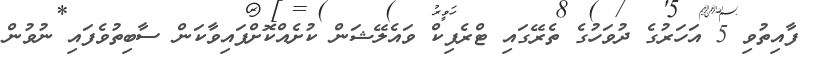
ފާއިތުވި 5 އަހަރުގެ ދުވަހުގެ ތެރޭގައި ޓްރެފިކް ވައެލޭޝަން ކުށެއްކޮށްފައިވާކަން ސާބިތުވެފައި ނުވުން